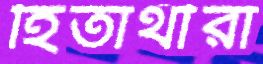
হিতার্থীরা